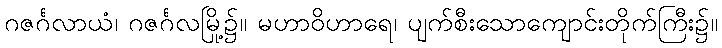
ဂဇင်္ဂလာယံ၊ ဂဇင်္ဂလမြို့၌။ မဟာဝိဟာရေ၊ ပျက်စီးသောကျောင်းတိုက်ကြီး၌။